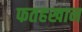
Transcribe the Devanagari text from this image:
फतहखान